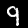
Label: 9